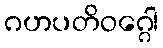
ဂဟပတိဝဂ္ဂေါ